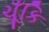
ચૂઁકિ